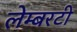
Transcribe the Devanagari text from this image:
लेम्बरटी